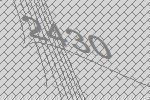
2430